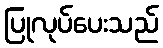
ပြုလုပ်ပေးသည်